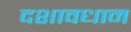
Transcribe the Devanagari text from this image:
दशावधान